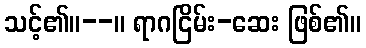
သင့်၏။--။ ရာဂငြိမ်း-ဆေး ဖြစ်၏။